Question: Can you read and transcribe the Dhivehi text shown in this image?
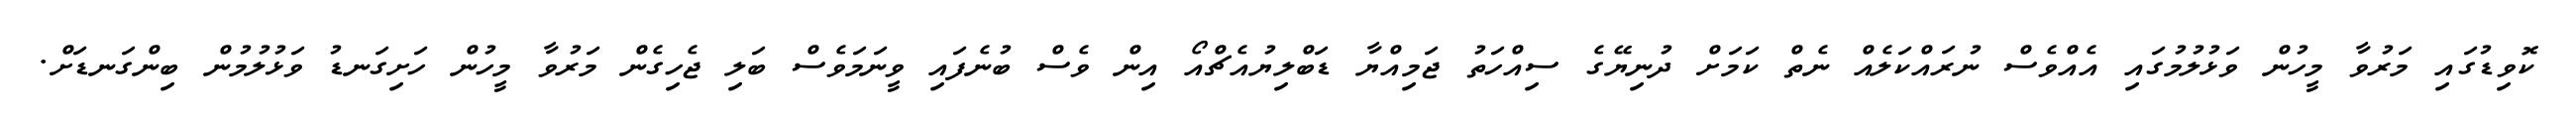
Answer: ކޮވިޑުގައި މަރުވާ މީހުން ވަޅުލުމުގައި އެއްވެސް ނުރައްކަލެއް ނެތް ކަމަށް ދުނިޔޭގެ ސިއްހަތު ޖަމިއްޔާ ޑަބްލިޔުއެޗްއޯ އިން ވެސް ބުނެފައި ވީނަމަވެސް ބަލި ޖެހިގެން މަރުވާ މީހުން ހަށިގަނޑު ވަޅުލުމުން ބިންގަނޑަށް.